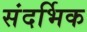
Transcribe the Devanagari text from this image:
संदर्भिक